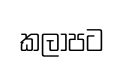
කලාපට